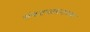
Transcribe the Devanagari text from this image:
संकटनाशननाम